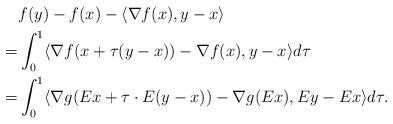
LaTeX: \begin{align*}&f(y)-f(x)-\langle \nabla f(x), y-x\rangle\\=& \int_0^1 \langle \nabla f(x+\tau(y-x))-\nabla f(x), y-x\rangle d\tau\\=&\int_0^1 \langle \nabla g(Ex+\tau\cdot E(y-x))-\nabla g(Ex), Ey-Ex\rangle d\tau.\end{align*}